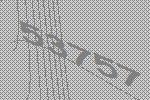
53757